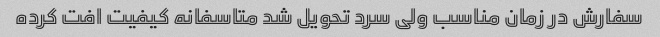
سفارش در زمان مناسب ولی سرد تحویل شد متاسفانه کیفیت افت کرده